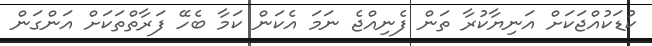
ކުޑަކުއްޖަކަށް އަނިޔާކުރާ ތަން ފެނިއްޖެ ނަމަ އެކަން ކަމާ ބެހޭ ފަރާތްތަކަށް އަންގަން